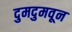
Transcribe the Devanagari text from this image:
दुमदुमवून